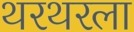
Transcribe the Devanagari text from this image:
थरथरला